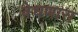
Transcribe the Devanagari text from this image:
वेधणारा